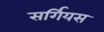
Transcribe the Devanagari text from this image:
सर्गियस